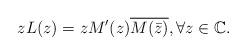
LaTeX: \begin{align*} zL(z)=zM'(z)\overline{M(\bar z)}, \forall z\in\mathbb C.\end{align*}